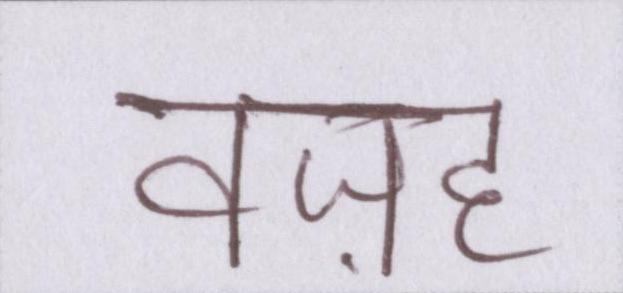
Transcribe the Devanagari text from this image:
वज़ह